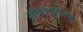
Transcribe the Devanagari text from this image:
मंगलचूर्णरेखा